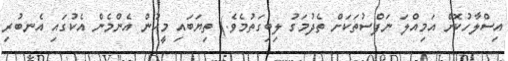
އިސްލާހުކޮށް އަމިއްލަ ނަފްސުތަކަށް ތެދުމަގު ލިބިގަތުމެވެ.) ތިޔަބައި މީހުން އެންމެން އެކުގައި އެނބުރި